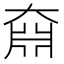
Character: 𡙆